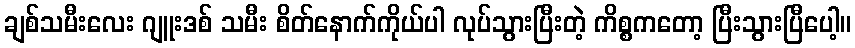
ချစ်သမီးလေး ဂျူးဒစ် သမီး စိတ်နောက်ကိုယ်ပါ လုပ်သွားပြီးတဲ့ ကိစ္စကတော့ ပြီးသွားပြီပေါ့။